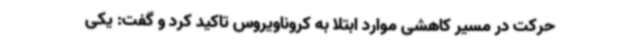
حرکت در مسیر کاهشی موارد ابتلا به کروناویروس تاکید کرد و گفت: یکی